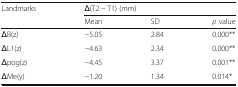
<table><thead><tr><td rowspan="2"><b>Landmarks</b></td><td colspan="3"><b>Δ(T2 − T1) (mm)</b></td></tr><tr><td><b>Mean</b></td><td><b>SD</b></td><td><b><i>p</i> value</b></td></tr></thead><tbody><tr><td>ΔB(z)</td><td>−5.05</td><td>2.84</td><td>0.000**</td></tr><tr><td>ΔL1(z)</td><td>−4.63</td><td>2.34</td><td>0.000**</td></tr><tr><td>Δpog(z)</td><td>−4.45</td><td>3.37</td><td>0.001**</td></tr><tr><td>ΔMe(y)</td><td>−1.20</td><td>1.34</td><td>0.014*</td></tr></tbody></table>